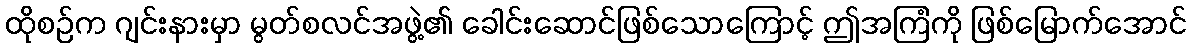
ထိုစဉ်က ဂျင်းနားမှာ မွတ်စလင်အဖွဲ့၏ ခေါင်းဆောင်ဖြစ်သောကြောင့် ဤအကြံကို ဖြစ်မြောက်အောင်